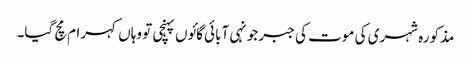
مذکورہ شہری کی موت کی جبر جونہی آبائی گائوں پہنچی تو وہاں کہرام مچ گیا۔